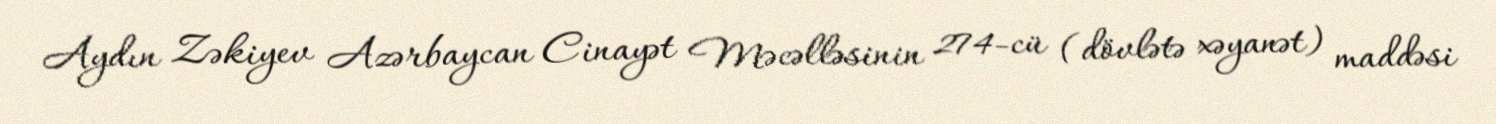
Aydın Zəkiyev Azərbaycan Cinayət Məcəlləsinin 274-cü (dövlətə xəyanət) maddəsi